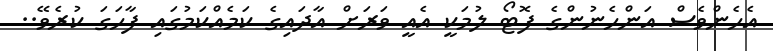
އެހެންވެސް އަންހެނުންގެ ފޮޓޯ ލުމަކީ އެއީ ވަރަށް އާދައިގެ ކަމެއްކަމުގައި ފާހަގަ ކުރެވޭ..